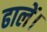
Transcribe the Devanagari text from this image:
ढालें।